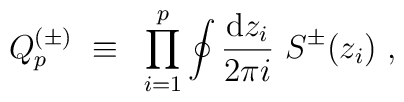
Q^{(\pm)}_p{}~\equiv{}~\prod_{i=1}^p \oint{{\rm d}z_i\over2\pi i}{}~{S^\pm}(z_i){}~,